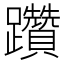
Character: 躦